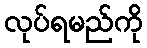
လုပ်ရမည်ကို